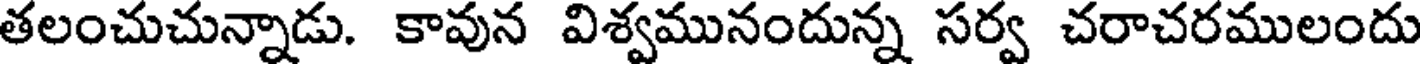
తలంచుచున్నాడు. కావున విశ్వమునందున్న సర్వ చరాచరములందు